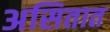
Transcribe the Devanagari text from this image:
असितात